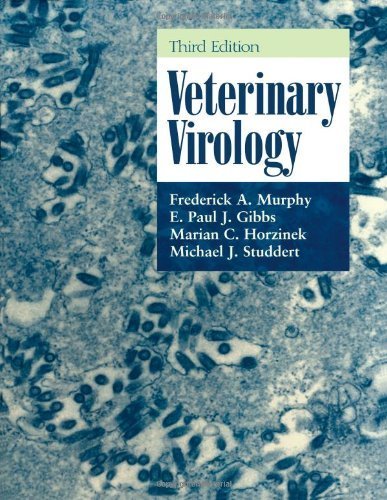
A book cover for Veterinary Virology, Third Edition 3rd edition by Murphy, Frederick A.; Gibbs, E. Paul J.; Horzinek, Marian C. published by Academic Press Hardcover; Medical Books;